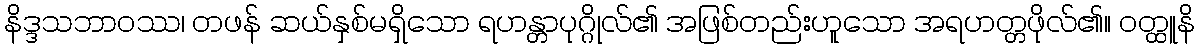
နိဒ္ဒသဘာဝဿ၊ တဖန် ဆယ်နှစ်မရှိသော ရဟန္တာပုဂ္ဂိုလ်၏ အဖြစ်တည်းဟူသော အရဟတ္တဖိုလ်၏။ ဝတ္ထူနိ